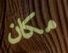
مكان